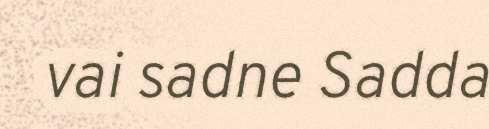
vai sadne Sadda